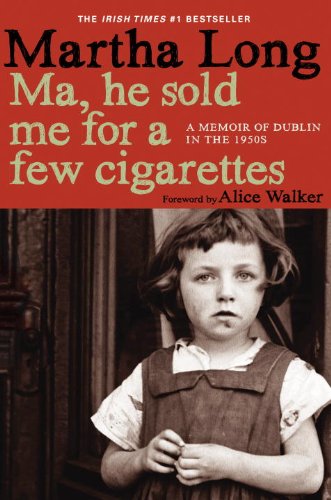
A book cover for Ma, He Sold Me for a Few Cigarettes: A Memoir of Dublin in the 1950s; Martha Long; Biographies & Memoirs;